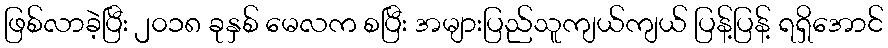
ဖြစ်လာခဲ့ပြီး ၂၀၁၈ ခုနှစ် မေလက စပြီး အများပြည်သူကျယ်ကျယ် ပြန့်ပြန့် ရရှိအောင်